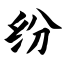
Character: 纷